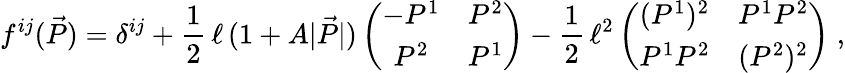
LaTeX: f^{ij}(\vec{P})=\delta^{ij}+\frac{1}{2}\, \ell\, (1+A|\vec{P}|)\left(\begin{array}{cc}{-P^{1}}&{P^{2}}\\ {P^{2}}&{P^{1}}\end{array}\right)-\frac{1}{2}\, \ell^{2}\left(\begin{array}{cc}{(P^{1})^{2}}&{P^{1}P^{2}}\\ {P^{1}P^{2}}&{(P^{2})^{2}}\end{array}\right)\; ,